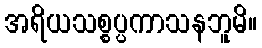
အရိယသစ္စပ္ပကာသနဘူမိ။